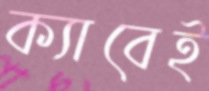
ক্যাবেই